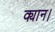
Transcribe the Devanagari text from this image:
क्यान।